Vaccine operations Central Provinces 1886-1899 - 1886-1899
Year: 1886
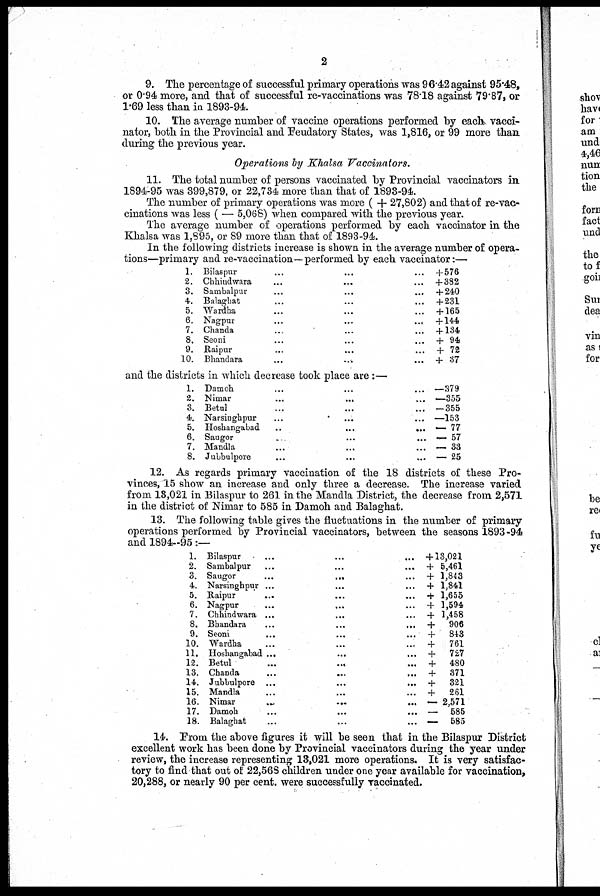
2
9. The percentage of successful primary operations was 96.42 against 95.48,
or 0.94 more, and that of successful re-vaccinations was 78.18 against 79.87, or
1.69 less than in 1893-94.
10. The average number of vaccine operations performed by each vacci-
nator, both in the Provincial and Feudatory States, was 1,816, or 99 more than
during the previous year.
Operations by Khalsa Vaccinators.
11. The total number of persons vaccinated by Provincial vaccinators in
1894-95 was 399,879, or 22,734 more than that of 1893-94.
The number of primary operations was more ( + 27,802) and that of re-vac-
cinations was less ( — 5,068) when compared with the previous year.
The average number of operations performed by each vaccinator in the
Khalsa was 1,895, or 89 more than that of 1893-94.
In the following districts increase is shown in the average number of opera-
tions—primary and re-vaccination—performed by each vaccinator:—
1.
2.
3.
4.
5.
6.
7.
8.
9.
10.
Bilaspur ... ... ...
Chhindwara ... ... ...
Sambalpur ... ... ...
Balaghat ... ... ...
Wardha ... ... ...
Nagpur ... ... ...
Chanda ... ... ...
Seoni ... ... ...
Raipur ... ... ...
Bhandara ... ... ...
+ 576
+ 382
+ 240
+ 231
+ 165
+ 144
+ 134
+ 94
+ 72
+ 37
and the districts in which decrease took place are:—
1.
2.
3.
4.
5.
6.
7.
8.
Damoh ... ... ...
Nimar ... ... ...
Betul ... ... ...
Narsinghpur ... ... ...
Hoshangabad
...
...
...
Saugor ... ... ...
Mandla ... ... ...
Jubbulpore ... ... ...
—379
—355
—355
—153
— 77
— 57
— 33
— 25
12. As regards primary vaccination of the 18 districts of these Pro-
vinces, 15 show an increase and only three a decrease. The increase varied
from 18,021 in Bilaspur to 261 in the Mandla District, the decrease from 2,571
in the district of Nimar to 585 in Damoh and Balaghat.
13. The following table gives the fluctuations in the number of primary
operations performed by Provincial vaccinators, between the seasons 1893-94
and 1894-95:—
1.
2.
3.
4.
5.
6.
7.
8.
9.
10.
11.
12.
13.
14.
15.
16.
17.
18.
Bilaspur ... ... ...
Sambalpur
...
...
...
Saugor
...
...
...
Narsinghpur ... ... ...
Raipur ... ... ...
Nagpur ... ... ...
Chhindwara ... ... ...
Bhandara
...
...
...
Seoni ... ... ...
Wardha ... ... ...
Hoshangabad ... ... ...
Betu1
...
...
...
Chanda
...
...
...
Jubbulpore ... ... ...
Mandla ... ... ...
Nimar ... ... ...
Damoh
...
...
...
Balaghat ... ... ...
+ 13,021
+ 5,461
+ 1,843
+ 1,841
+ 1,655
+ 1,594
+ 1,458
+
906
+
843
+
761
+
727
+
480
+
371
+
321
+
261
— 2,571
— 585
—
585
14. From the above figures it will be seen that in the Bilaspur District
excellent work has been done by Provincial vaccinators during the year under
review, the increase representing 13,021 more operations. It is very satisfac-
tory to find that out of 22,568 children under one year available for vaccination,
20,288, or nearly 90 per cent. were successfully vaccinated.